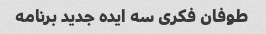
طوفان فکری سه ایده جدید برنامه